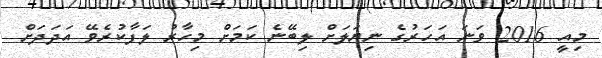
މިއީ 2016 ވަނަ އަހަރުގެ ނިޔަލަށް ލިބޭނެ ކަމަށް މިހާރު ލަފާކުރެވޭ އަދަދަށް